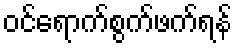
ဝင်ရောက်စွက်ဖက်ရန်